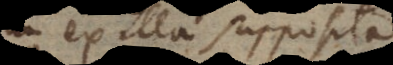
ex illa supposita